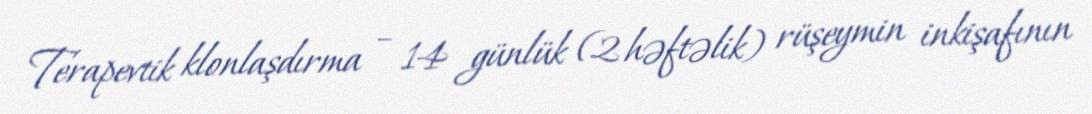
Terapevtik klonlaşdırma – 14 günlük (2 həftəlik) rüşeymin inkişafının